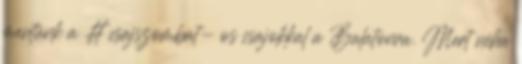
mentünk a #csajszombat- os csajokkal a Balatonra. Mert néha